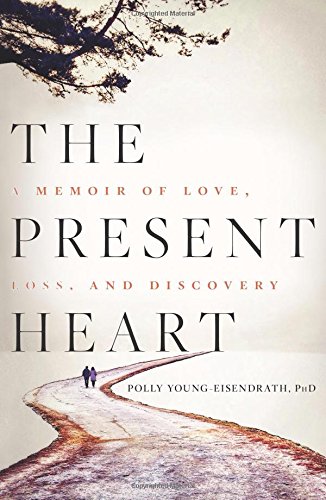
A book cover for The Present Heart: A Memoir of Love, Loss, and Discovery; Polly Young-Eisendrath; Health, Fitness & Dieting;